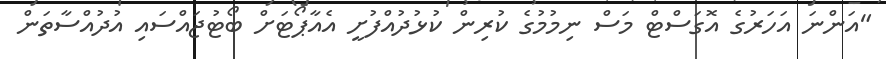
"އަންނަ އަހަރުގެ އޮގަސްޓް މަސް ނިމުމުގެ ކުރިން ކުޅުދުއްފުށީ އެއާޕޯޓަށް ބޯޓުޖައްސައި އުދުއްސާތަން